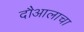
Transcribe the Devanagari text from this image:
दौआलाचा